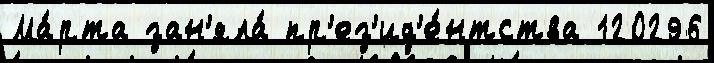
Ма́рта зан'яла́ пр'ез'ид'е́нтства 120296